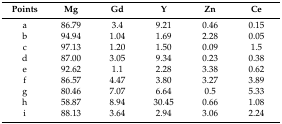
| Points | Mg | Gd | Y | Zn | Ce |
 | --- | --- | --- | --- | --- | --- |
 | a | 86.79 | 3.4 | 9.21 | 0.46 | 0.15 |
 | b | 94.94 | 1.04 | 1.69 | 2.28 | 0.05 |
 | c | 97.13 | 1.20 | 1.50 | 0.09 | 1.5 |
 | d | 87.00 | 3.05 | 9.34 | 0.23 | 0.38 |
 | e | 92.62 | 1.1 | 2.28 | 3.38 | 0.62 |
 | f | 86.57 | 4.47 | 3.80 | 3.27 | 3.89 |
 | g | 80.46 | 7.07 | 6.64 | 0.5 | 5.33 |
 | h | 58.87 | 8.94 | 30.45 | 0.66 | 1.08 |
 | i | 88.13 | 3.64 | 2.94 | 3.06 | 2.24 |